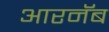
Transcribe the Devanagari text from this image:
आरनॅब